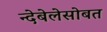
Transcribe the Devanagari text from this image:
न्देबेलेसोबत